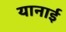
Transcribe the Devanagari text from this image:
यानाई